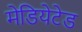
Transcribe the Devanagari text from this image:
मेडियेटेड